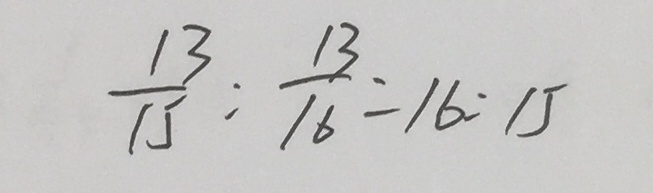
\frac { 1 3 } { 1 5 } : \frac { 1 3 } { 1 6 } = 1 6 : 1 5